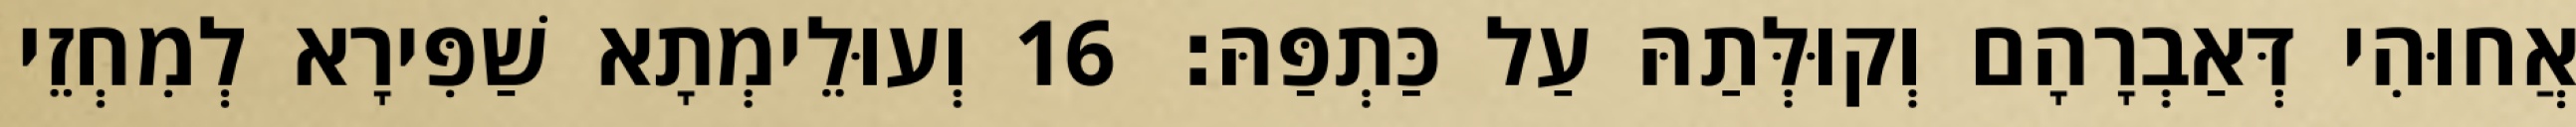
אֲחוּהִי דְּאַבְרָהָם וְקוּלְּתַהּ עַל כַּתְפַּהּ׃ 16 וְעוּלֵימְתָא שַׁפִּירָא לְמִחְזֵי